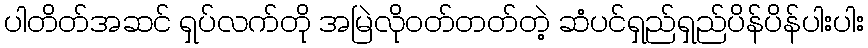
ပါတိတ်အဆင် ရှပ်လက်တို အမြဲလိုဝတ်တတ်တဲ့ ဆံပင်ရှည်ရှည်ပိန်ပိန်ပါးပါး